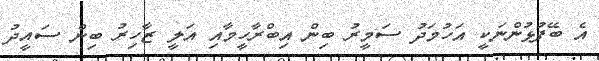
އެ ބޭފުޅުންނަކީ އަހުމަދު ސަމީރު ބިން އިބްރާހީމާއި އަލީ ޒާހިރު ބިން ސައީދު